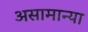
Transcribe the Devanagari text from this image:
असामान्या